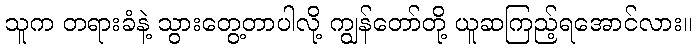
သူက တရားခံနဲ့ သွားတွေ့တာပါလို့ ကျွန်တော်တို့ ယူဆကြည့်ရအောင်လား။